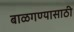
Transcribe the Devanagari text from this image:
बाळगण्यासाठी